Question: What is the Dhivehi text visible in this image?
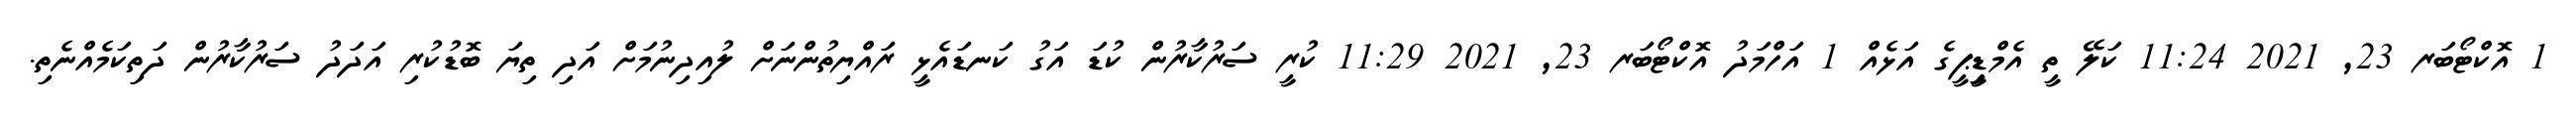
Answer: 1 އޮކްޓޯބަރ 23, 2021 11:24 ކަލޭ ތީ އެމްޑިިީޕީގެ އަޅެއް 1 އަހްމަދު އޮކްޓޯބަރ 23, 2021 11:29 ކުރީ ސަރުކާރުން ކުޑަ އަގު ކަނޑައެޅީ ރައްޔިތުންނަށް ލުއިދިނުމަށް އަދި ތިޔަ ބޮޑުކުރި އަދަދު ސަރުކާރުން ދަތިކަމެއްނެތި.